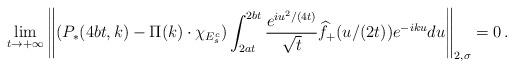
LaTeX: \begin{align*}\lim_{t\to+\infty}\left\|({P_*}(4bt,k)-\Pi(k)\cdot \chi_{E_s^c})\int_{2at}^{2bt}\frac{e^{iu^2/(4t)}}{\sqrt t}\widehat f_+(u/(2t))e^{-iku}du\right\|_{2,\sigma}= 0\,.\end{align*}